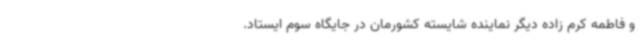
و فاطمه کرم زاده دیگر نماینده شایسته کشورمان در جایگاه سوم ایستاد.